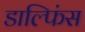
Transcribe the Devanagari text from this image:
डाल्फिंस